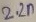
Text: 2.2n